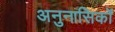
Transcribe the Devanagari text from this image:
अनुनासिकों